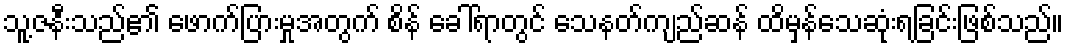
သူ့ဇနီးသည်၏ ဖောက်ပြားမှုအတွက် စိန် ခေါ်ရာတွင် သေနတ်ကျည်ဆန် ထိမှန်သေဆုံးရခြင်းဖြစ်သည်။